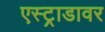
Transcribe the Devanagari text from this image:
एस्ट्राडावर